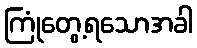
ကြုံတွေ့ရသောအခါ